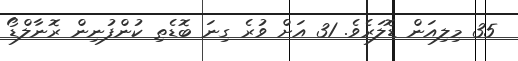
35 މިލިއަން ޑޮލަރެވެ. 31 އަށް ވުރެ ގިނަ ބޮޑެތި ކުންފުނިން ރޮނާލްޑޯ